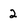
Character: 2